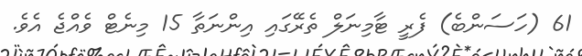
61 (ހަސަންބެ) ފެރީ ޓާމިނަލް ތެރޭގައި އިންނަތާ 15 މިނެޓް ވެއްޖެ އެވެ.